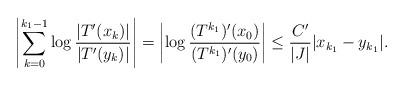
LaTeX: \begin{align*} \left| \sum_{k = 0}^{k_1 - 1} \log \frac{ |T'(x_k)| } { |T'(y_k)| } \right| = \left| \log \frac{ (T^{k_1})' (x_0) } { (T^{k_1})' (y_0) } \right| \le \frac{ C' } { |J| } | x_{k_1} - y_{k_1} |.\end{align*}